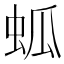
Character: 蛌